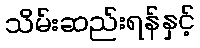
သိမ်းဆည်းရန်နှင့်